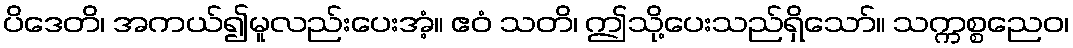
ပိဒေတိ၊ အကယ်၍မူလည်းပေးအံ့။ ဧဝံ သတိ၊ ဤသို့ပေးသည်ရှိသော်။ သက္ကစ္စညေဝ၊